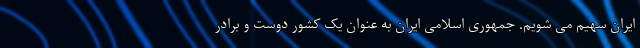
ایران سهیم می شویم. جمهوری اسلامی ایران به عنوان یک کشور دوست و برادر